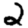
Digit: 2